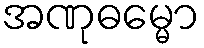
အဏုဓမ္မော